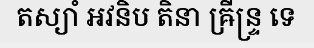
តស្យាំ អវនិប តិនា ឝ្រីន្ទ្រ ទេ